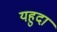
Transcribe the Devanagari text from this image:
यहुदा